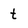
Character: t